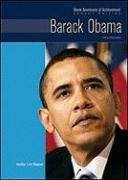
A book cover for Barack Obama (Black Americans of Achievement: Legacy Edition); Heather Lehr Wagner; Teen & Young Adult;